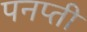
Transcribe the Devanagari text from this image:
पनप्ती